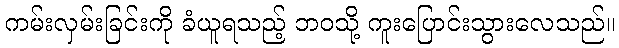
ကမ်းလှမ်းခြင်းကို ခံယူရသည့် ဘဝသို့ ကူးပြောင်းသွားလေသည်။